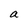
Character: a